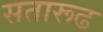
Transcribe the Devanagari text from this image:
सतारूढ